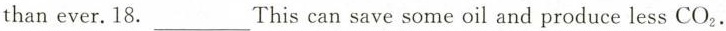
18.___This can save some oil and produce less CO_{2}.